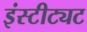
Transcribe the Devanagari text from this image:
इंस्टीट्यट